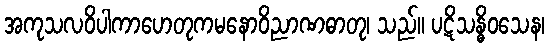
အကုသလဝိပါကာဟေတုကမနောဝိညာဏဓာတု၊ သည်။ ပဋိသန္ဓိဝသေန၊